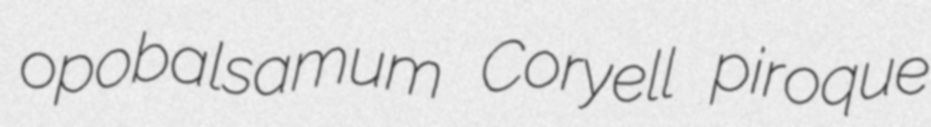
opobalsamum Coryell piroque